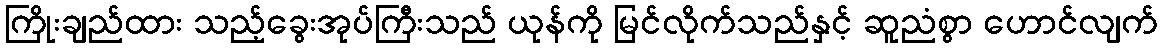
ကြိုးချည်ထား သည့်ခွေးအုပ်ကြီးသည် ယုန်ကို မြင်လိုက်သည်နှင့် ဆူညံစွာ ဟောင်လျက်